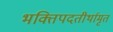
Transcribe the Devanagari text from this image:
भक्तिपदतीर्थामृत